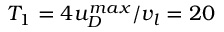
T _ { 1 } = 4 u _ { D } ^ { m a x } / v _ { l } = 2 0